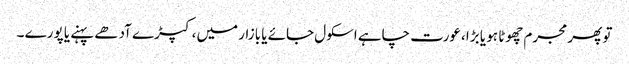
تو پھر مجرم چھوٹا ہو یا بڑا ،عورت چاہے اسکول جائے یا بازار میں، کپڑے آدھے پہنے یا پورے ۔